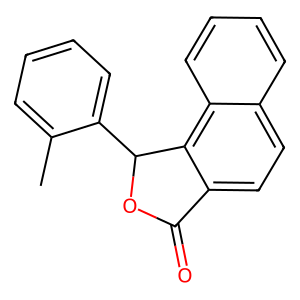
SMILES: Cc1ccccc1C1OC(=O)c2ccc3ccccc3c21
Inhibits HIV replication: Yes